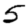
Digit: 5